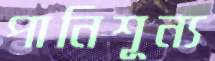
পানিশূন্য